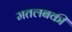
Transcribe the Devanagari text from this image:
मतलबकी